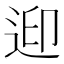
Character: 𨒦